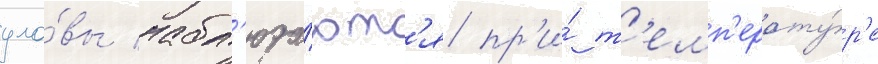
уло́вы набл'юда́ютс'я пр'и́ т'емп'ерату́р'е